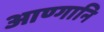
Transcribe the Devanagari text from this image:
आण्गानि